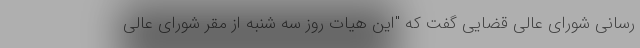
رسانی شورای عالی قضایی گفت که "این هیات روز سه شنبه از مقر شورای عالی